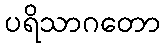
ပရိသာဂတော